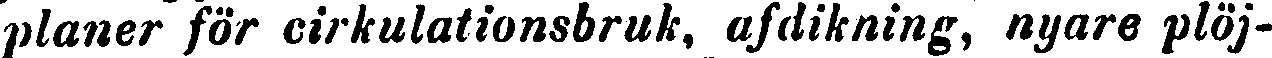
planer för cirkulationsbruk, afdikning, nyare plöj-